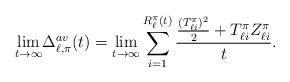
LaTeX: \begin{align*} \underset{t\to\infty}{\lim}\Delta_{\ell,\pi}^{av}(t)=\lim_{t\to\infty}\sum_{i=1}^{R_\ell^\pi(t)}\frac{\frac{(T_{\ell i}^\pi)^2}{2}+T_{\ell i}^\pi Z_{\ell i}^\pi}{t}.\end{align*}